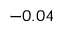
- 0 . 0 4